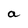
Character: a